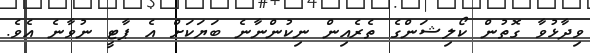
ވިދާޅުވާ ގޮތުން ކޯލިޝަންގެ ތެރެއިން ނިކުންނާނެ ބަޔަކަށް އެ ޕާޓީ ނުވާނެ އެވެ.